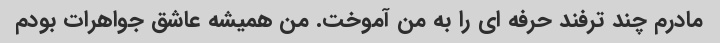
مادرم چند ترفند حرفه ای را به من آموخت. من همیشه عاشق جواهرات بودم